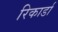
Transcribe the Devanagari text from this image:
रिकार्डा